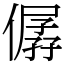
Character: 僝